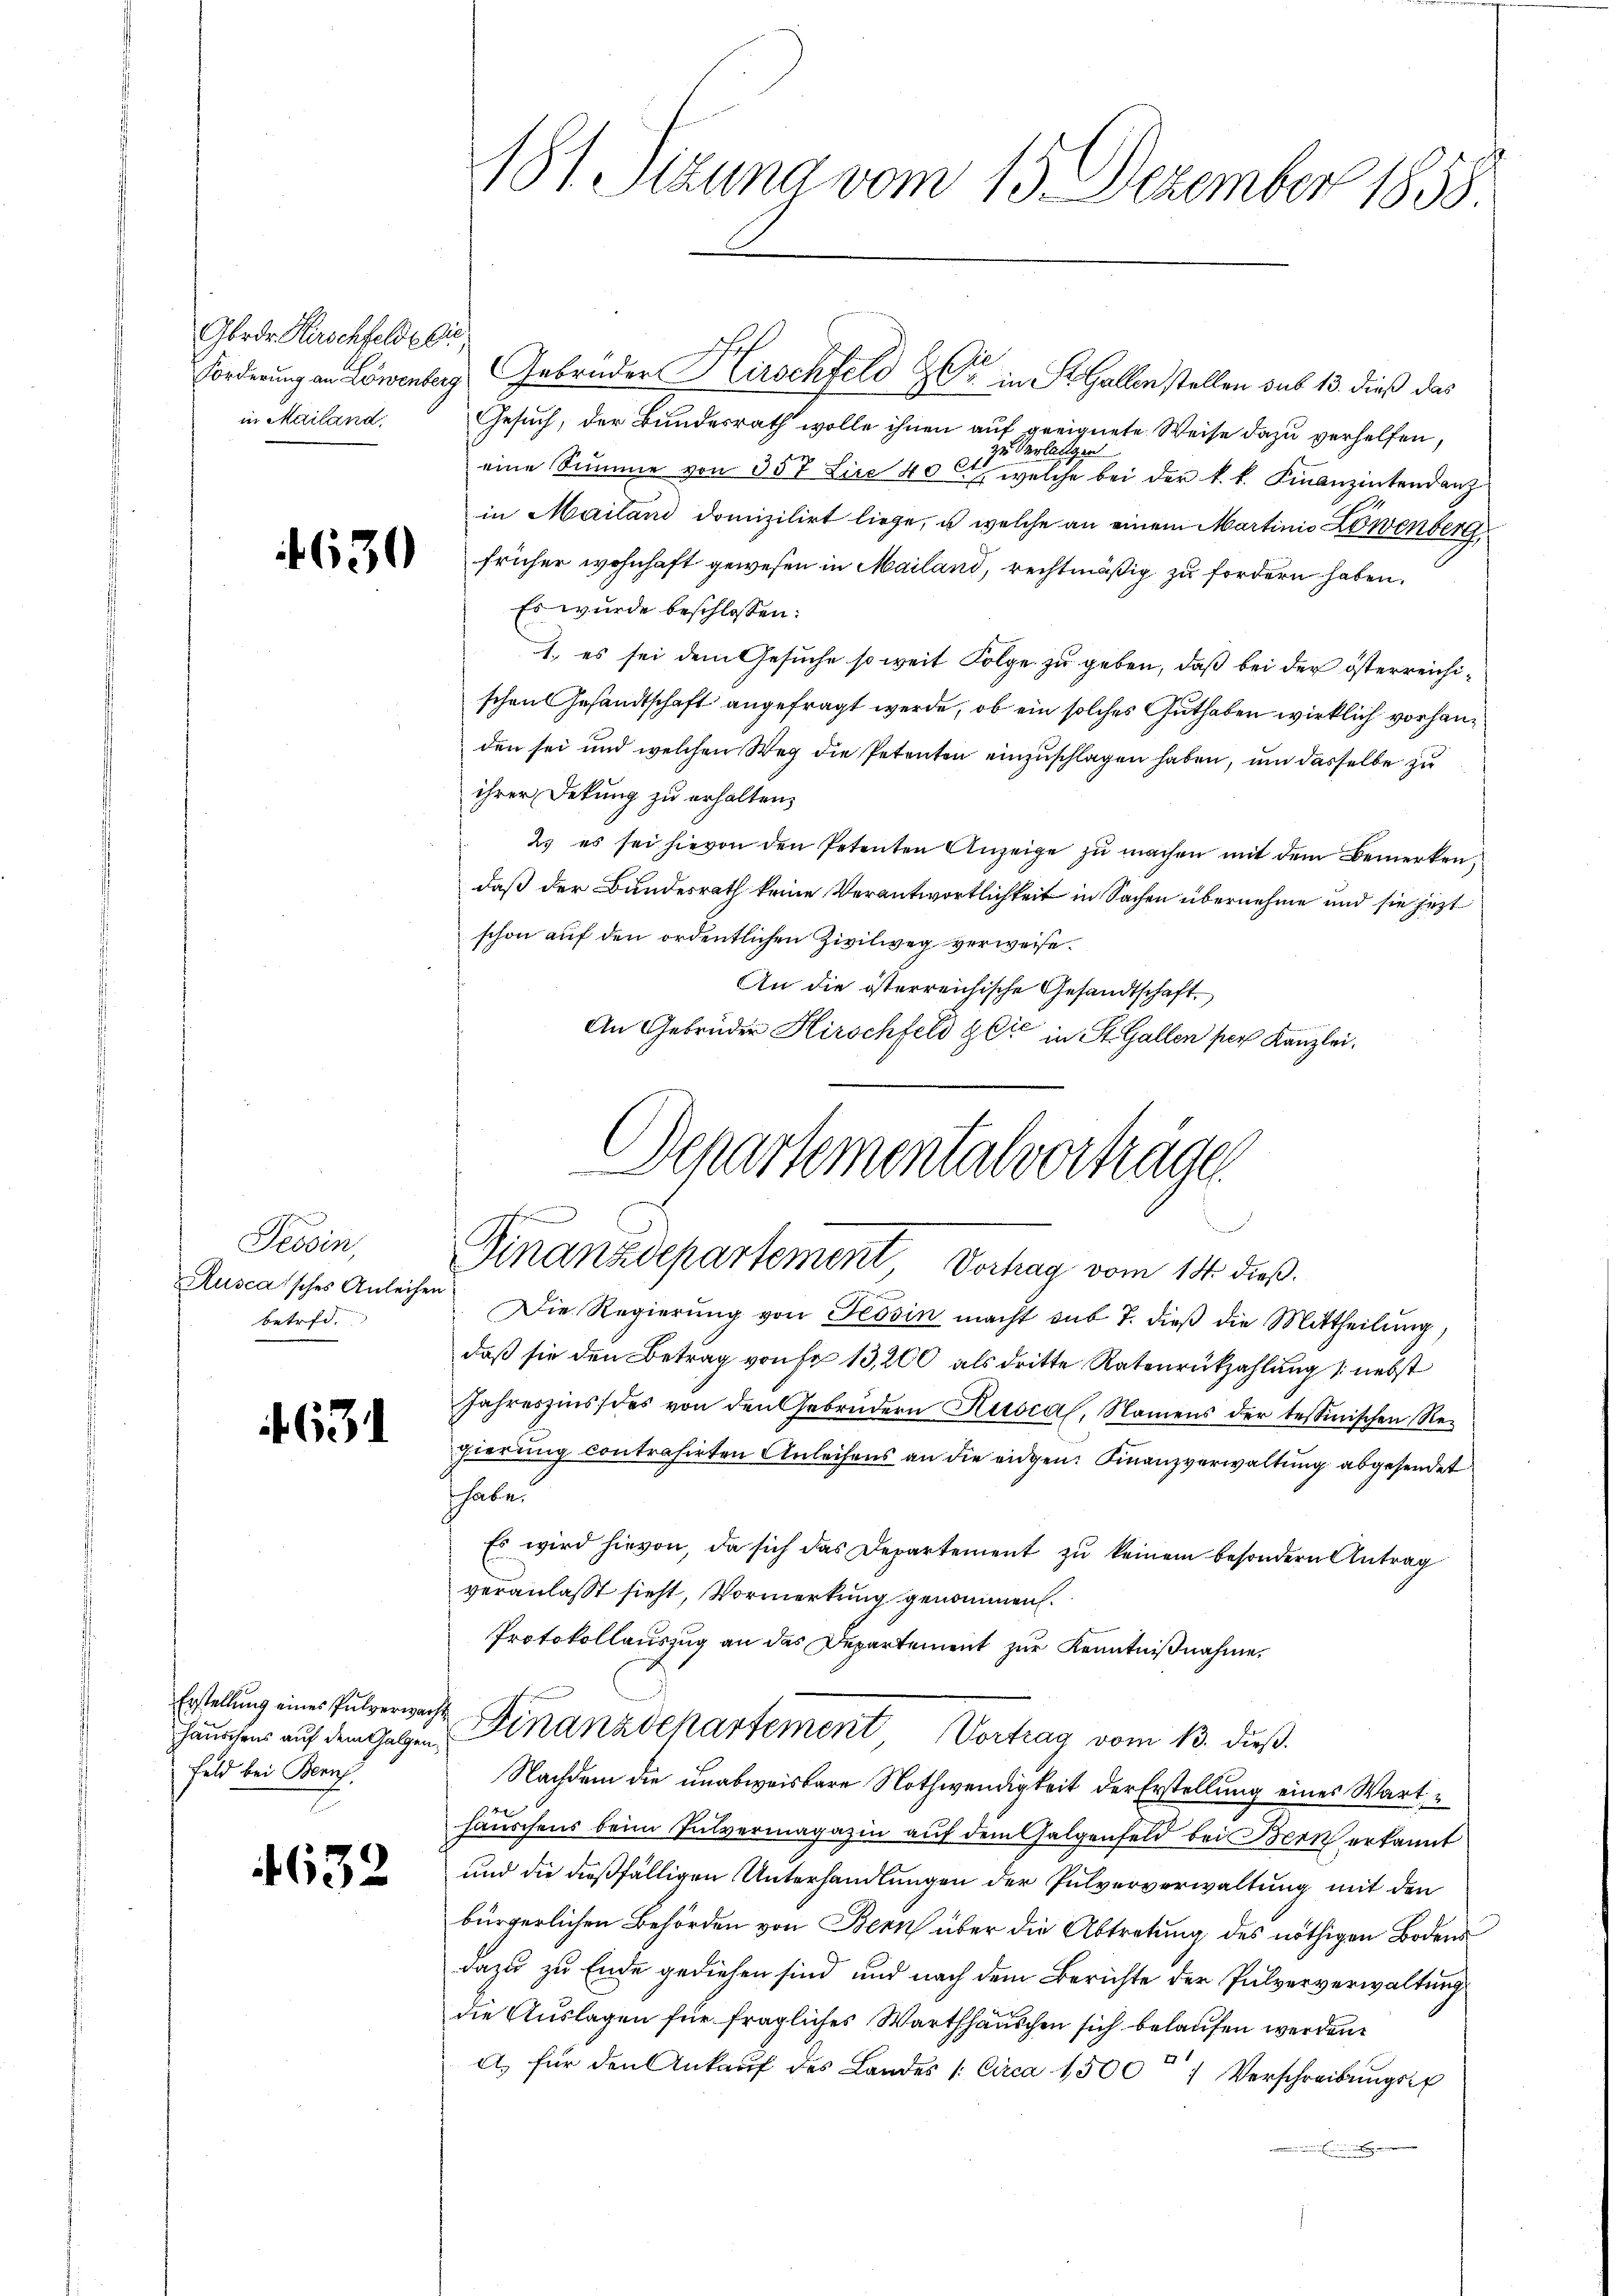
Gbrdr Kürschfelde die
in Mailand,

630

Tessin,
Rusca'sches Anleiher
betrfd.

4631

Erstellung eines Pulverwach
häuschens auf dem Galgen
Feld bei Zürich.

4632

Forderung an Löwenberg Gebrüder Kirschfeld Er in St. Gallen stellen sub 13. dieß das
Gesuch, der Bundesrath wolle ihnen auf geeignete Weise dazu verhelfen,
zu Verlangen
eine Summe von 357 Lice 40 l. welche bei der k. k. Finanzintendanz
in Mailand domizilirt liege, u. welche an einem Martinio Löwenberg
früher wohnhaft gewesen in Mailand, rechtmäßig zu fordern haben.
Es wurde beschlossen:
1. es sei dem Gesuche so weit Folge zu geben, daß bei der österreichischen Gesandtschaft angefragt werde, ob ein solches Guthaben wirklich vorhanden sei und welchen Weg die Petenten einzuschlagen haben, um dasselbe zu
ihrer Dekung zu erhalten,
2. es sei hievon den Petenten Anzeige zu machen mit dem Bemerken,
daß der Bundesrath keine Verantwortlichkeit in Sachen übernehme und sie jezt
schon auf den ordentlichen Zivilweg verweise.
An die österreichische Gesandtschaft
An Gebrüder Hirschfeld & Cie in St. Gallen per Kanzlei.
Departementalvertragen

181. Sizung vom 15. Dezember 1858.

Finanzdepartement Verhag vom 14. dieß.

Die Regierung von Tessin macht sub 7. dieß die Mittheilung,
daß sie den Betrag von Fr. 13,200 als dritte Ratenrückzahlung nebst
Jahreszins des von den Gebrüdern Hirsca, Namens der tessinischen Regierung contrasirten Anleihens an die eidgen. Finanzverwaltung abgesendet
habe.
Es wird hievon, da sich das Departement zu keinem besondern Antrag
veranlasst sieht, Vormerkung genommen.
Protokollauszug an das Departement zur Kenntnißnahme.
 Finanzdepartement Vortrag vom 13. dieß.
Nachdem die unabweisbare Nothwendigkeit der Erstellung eines Warthäuschens beim Tutvermagazin auf dem Galgenfeld bei Bern erkannt
und die dießfälligen Unterhandlungen der Pulververwaltung mit den
bürgerlichen Behörden von Bern über die Abtretung des nöthigen Bodens
dazu zu Ende gediehen sind, und nach dem Berichte der Pulververwaltung
die Auslagen für fragliches Wartshäuschen sich belaufen werden.
a) für den Ankaŭf des Landes /: Circa 1500 Verschreibŭngs-